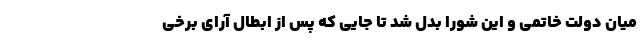
میان دولت خاتمی و این شورا بدل شد تا جایی که پس از ابطال آرای برخی